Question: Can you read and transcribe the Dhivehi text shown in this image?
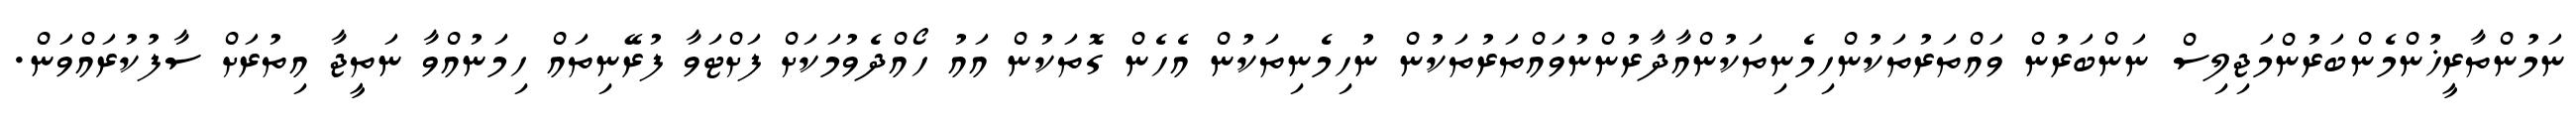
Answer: ނަމުންތާރީޚުންމެންބަރުންމަޖިލިސް ނަންބަރުން ވައްތަރުތަކުންހިމެނިތަކުންއާދާރުންނުވައްތަރުތަކުން ނުހިމެނިތަކުން އެހެން ގޮތަކުން އައު ހޯއްދެވުމަކަށް ފަށްޓަވާ ފުރޭނިތައް ހިމަނުއްވާ ނަތީޖާ އިތުރަށް ސާފުކުރައްވަން.